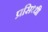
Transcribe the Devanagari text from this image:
प्रसिध्‍धी